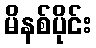
မိနစ်ပိုင်း